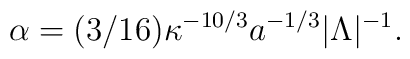
\alpha = (3/16)\kappa^{-10/3}a^{-1/3}|\Lambda|^{-1}.